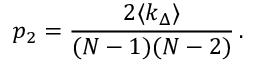
p _ { 2 } = \frac { 2 \langle k _ { \Delta } \rangle } { ( N - 1 ) ( N - 2 ) } \, .